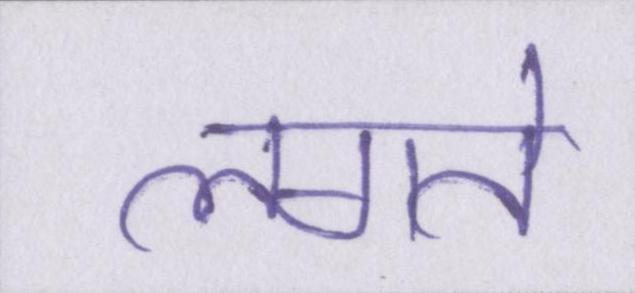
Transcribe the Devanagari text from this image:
लगते